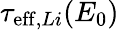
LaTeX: \tau_{\mathrm{eff},Li}(E_{0})